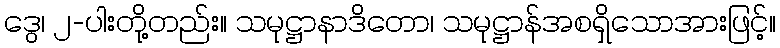
ဒွေ၊ ၂-ပါးတို့တည်း။ သမုဋ္ဌာနာဒိတော၊ သမုဋ္ဌာန်အစရှိသောအားဖြင့်။